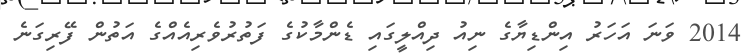
2014 ވަނަ އަހަރު އިންޑިޔާގެ ނިއު ދިއްލީގައި ޑެންމާކުގެ ފަތުރުވެރިއެއްގެ އަތުން ފޭރިގަނެ